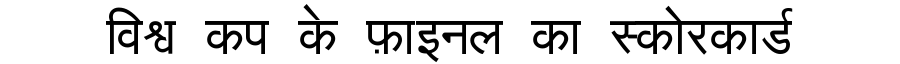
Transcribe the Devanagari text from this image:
विश्व कप के फ़ाइनल का स्कोरकार्ड